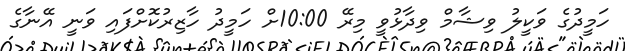
ހަމީދުގެ ވަކީލު ވިޝާމް ވިދާޅުވީ މިރޭ 10:00ށް ހަމީދު ހާޒިރުކޮށްފައި ވަނީ އޭނާގެ